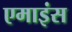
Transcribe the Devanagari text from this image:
एमाइंस